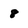
Character: 8